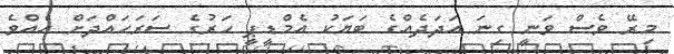
މިރޭ ވެސް ވަނީ ގިނަ އަދަދެއްގެ ބަޔަކު އެމްޑީޕީ ހަރުގެ ސަރަހައްދަށް އެއްވެ